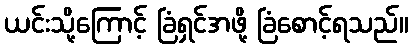
ယင်းသို့ကြောင့် ခြံရှင်အဖို့ ခြံစောင့်ရသည်။